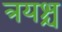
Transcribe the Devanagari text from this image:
त्रयश्च